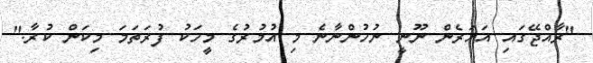
"ރާއްޖޭގައި އަހަރެން ނޫނީ ނުހުންނާނެ މި އުމުރުގެ މީހަކު ފުރަތަމަ މިކަން ކުރާ."